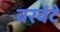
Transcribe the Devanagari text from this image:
वरवंटे